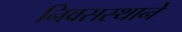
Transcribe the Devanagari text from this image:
निवसस्थाने